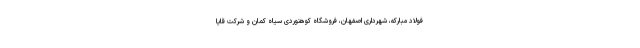
فولاد مبارکه، شهرداری اصفهان، فروشگاه کوهنوردی سیاه کمان و شرکت قایا